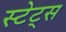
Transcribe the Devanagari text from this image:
स्टेट्‍स